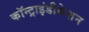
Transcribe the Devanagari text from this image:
कॉन्ट्राइंडीकेशन